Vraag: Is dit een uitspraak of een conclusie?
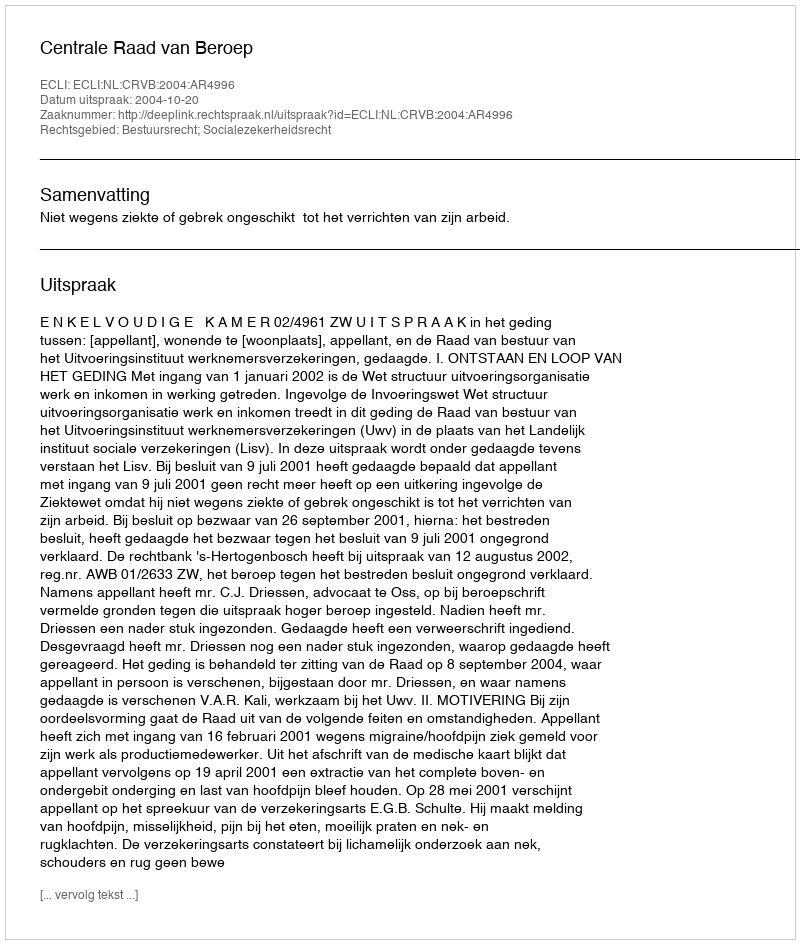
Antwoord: Uitspraak